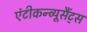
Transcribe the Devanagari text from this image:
एंटीकन्व्यूसैंट्स